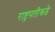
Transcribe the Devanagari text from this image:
राष्ट्रपतीकडे